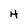
Character: H